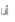
أنا